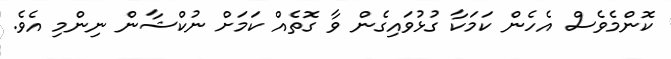
ކޮންމެވެސް އެހެން ކަމަކާ ގުޅުވައިގެން ވާ ގޮތެއް ކަމަށް ނުކްޝާން ނިންމި އެވެ.